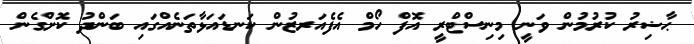
ޙާޟިރު ކުރުމުން ވަނީ މިނިސްޓްރީ އޮފް ހޯމް އެފެއަރޒުން ކަނޑައަޅާތަނެއްގައި ބަންދު ކޮށްގެން